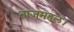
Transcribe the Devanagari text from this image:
ताजमहल।